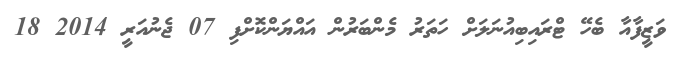
ވަޒީފާއާ ބެހޭ ޓްރައިބިއުނަލަށް ހަަތަރު މެންބަރުން އައްޔަންކޮށްފި 07 ޖެނުއަރީ 2014 18